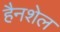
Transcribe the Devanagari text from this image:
हैनशेल